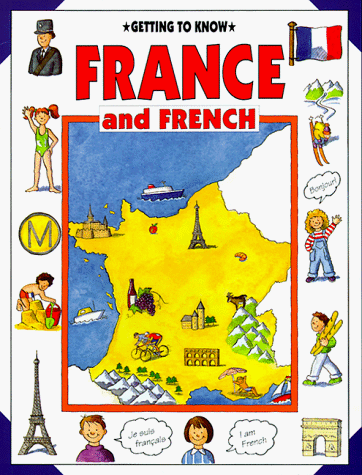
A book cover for Getting to Know France and French (Getting to Know Series); Nicola Wright; Children's Books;